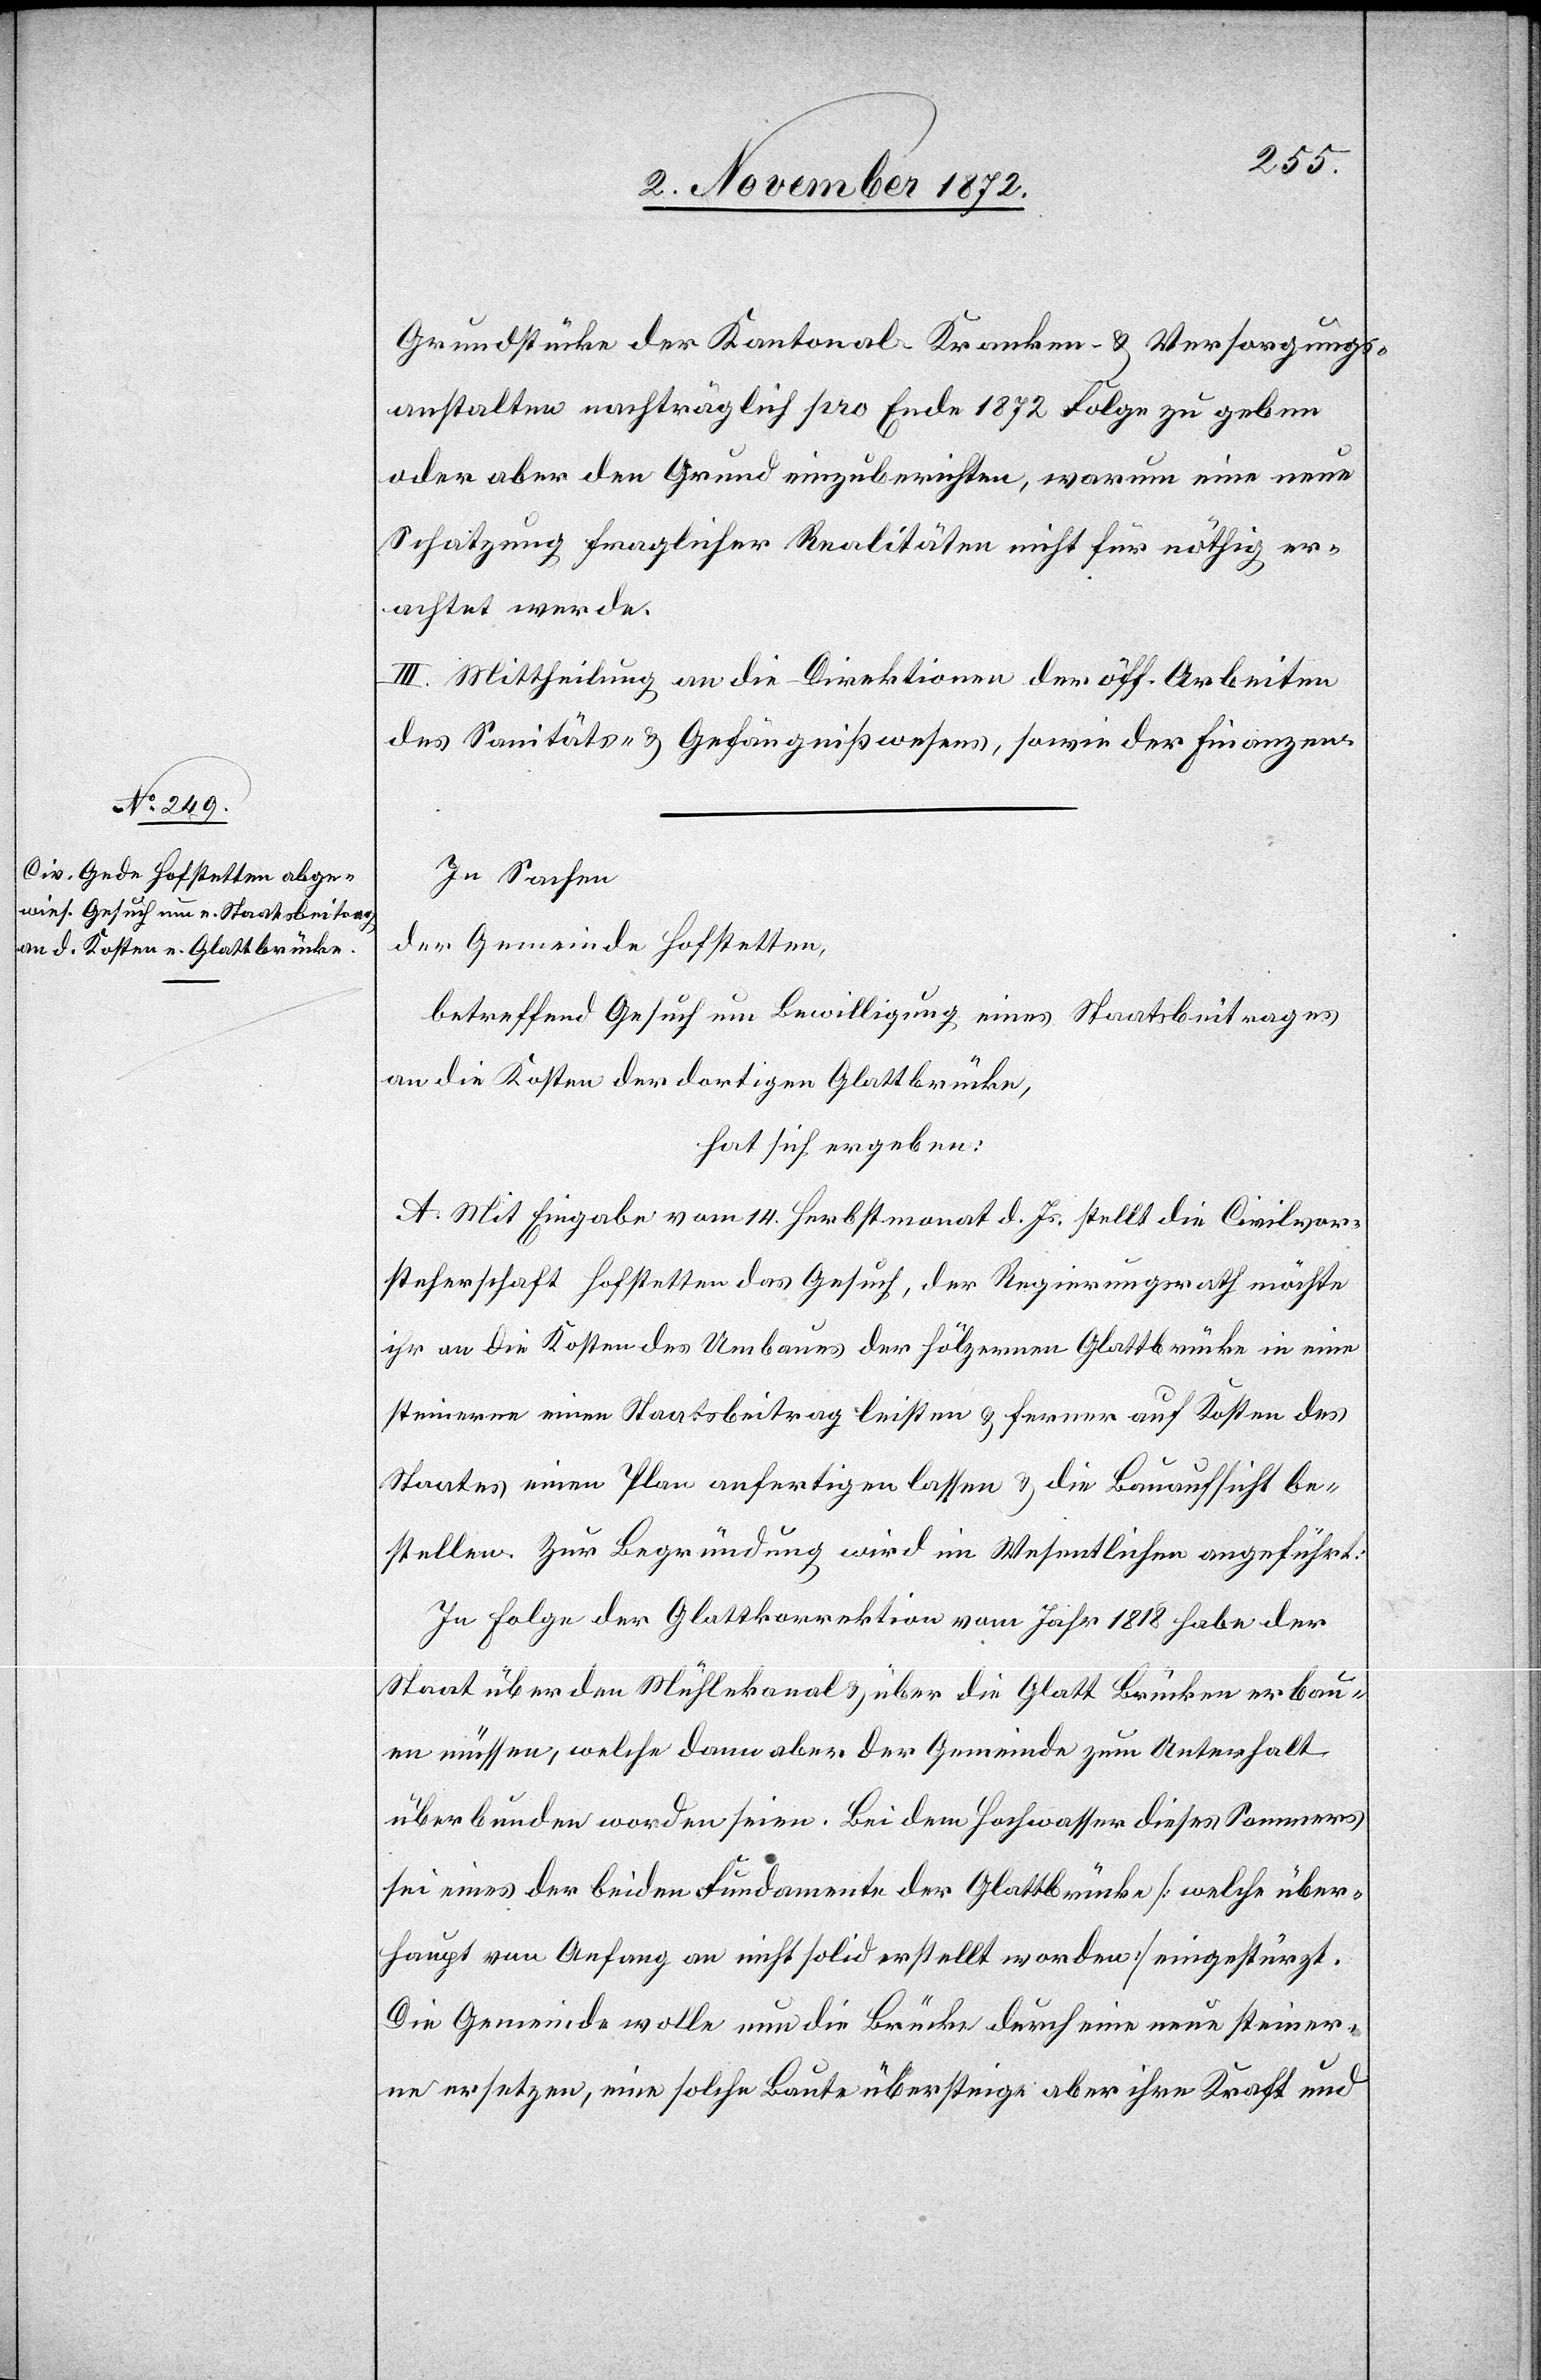
Grundstücke der Kantonal- Kranken- u. Versorgungs¬
anstalten nachträglich pro Ende 1872 Folge zu geben
oder aber den Grund einzuberichten, warum eine neue
Schatzung fraglicher Realitäten nicht für nöthig er¬
achtet werde.
III. Mittheilung an die Direktionen der öff. Arbeiten[,]
des Sanitäts- u. Gefängnißwesens, sowie der Finanzen.
In Sachen
der Gemeinde Hofstetten,
betreffend Gesuch um Bewilligung eines Staatsbeitrages
an die Kosten der dortigen Glattbrücke,
hat sich ergeben:
A. Mit Eingabe vom 14. Herbstmonat d. Js. stellt die Civilvor¬
steherschaft Hofstetten das Gesuch, der Regierungsrath möchte
ihr an die Kosten des Umbaues der hölzernen Glattbrücke in eine
steinerne einen Staatsbeitrag leisten u. ferner auf Kosten des
Staates einen Plan anfertigen lassen u. die Bauaufsicht be¬
stellen. Zur Begründung wird im Wesentlichen angeführt:
In Folge der Glattkorrektion vom Jahr 1818 habe der
Staate über den Mühlekanal u. über die Glatt Brücken erbau¬
en müssen, welche dann aber der Gemeinde zum Unterhalt
überbunden worden seien. Bei dem Hochwasser dieses Sommers
sei eines der beiden Fundamente der Glattbrücke [welche über¬
haupt von Anfang an nicht solid erstellt worden] eingestürzt.
Die Gemeinde wolle nun die Brücke durch eine neue steiner¬
ne ersetzen, eine solche Baute übersteige aber ihre Kraft und